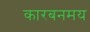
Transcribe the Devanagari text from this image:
कारबनमय